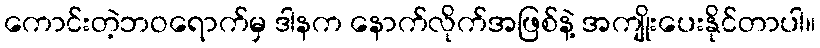
ကောင်းတဲ့ဘဝရောက်မှ ဒါနက နောက်လိုက်အဖြစ်နဲ့ အကျိုးပေးနိုင်တာပါ။